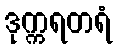
ဒုက္ကရတရံ